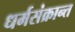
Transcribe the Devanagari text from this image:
धर्मसंक्रान्त